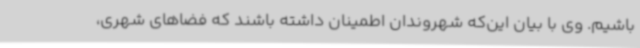
باشیم. وی با بیان این‌که شهروندان اطمینان داشته باشند که فضاهای شهری،